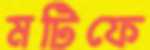
মটিফে